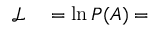
\begin{array} { r l } { \mathcal { L } } & { { } = \ln P ( A ) = } \end{array}